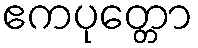
ဧကပုတ္တော